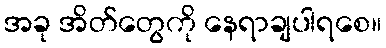
အခု အိတ်တွေကို နေရာချပါရစေ။